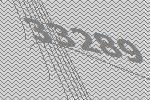
33289